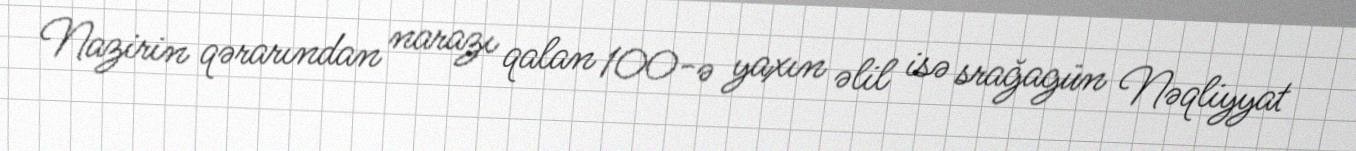
Nazirin qərarından narazı qalan 100-ə yaxın əlil isə srağagün Nəqliyyat